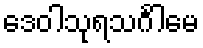
ဒေဝါသုရသင်္ဂါမေ